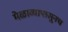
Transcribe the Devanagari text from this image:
मेळाव्यापासूनच